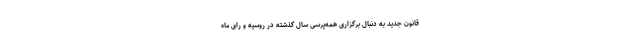
قانون جدید به دنبال برگزاری همه‌پرسی سال گذشته در روسیه و رای ماه